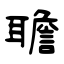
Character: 聸